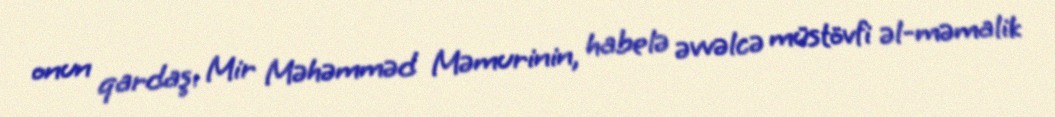
onun qardaşı Mir Məhəmməd Məmurinin, habelə əvvəlcə müstövfi əl-məmalik